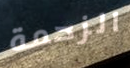
الزحمة